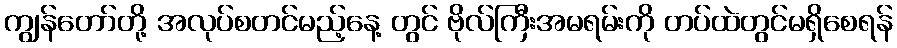
ကျွန်တော်တို့ အလုပ်စတင်မည့်နေ့ တွင် ဗိုလ်ကြီးအမရမ်းကို တပ်ထဲတွင်မရှိစေရန်